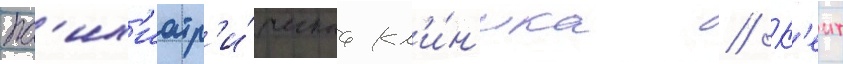
пс'их'иатр'и́ческаа кл'и́н'ика // К'еит